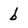
Character: b